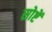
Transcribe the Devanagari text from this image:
सोष्टें